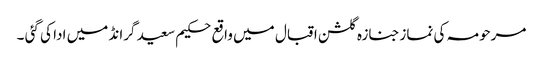
مرحومہ کی نمازجنازہ گلشن اقبال میں واقع حکیم سعید گرانڈ میں ادا کی گئی ۔